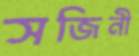
সজিনী